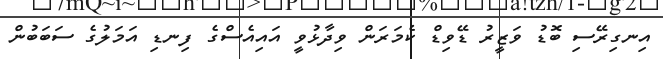
އިނގިރޭސި ބޮޑު ވަޒީރު ޑޭވިޑް ކެމަރަން ވިދާޅުވީ އައިއެސްގެ ފިނޑި އަމަލުގެ ސަބަބުން